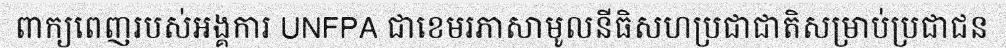
ពាក្យពេញរបស់អង្គការ UNFPA ជាខេមរភាសាមូលនីធិសហប្រជាជាតិសម្រាប់ប្រជាជន